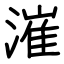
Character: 漼